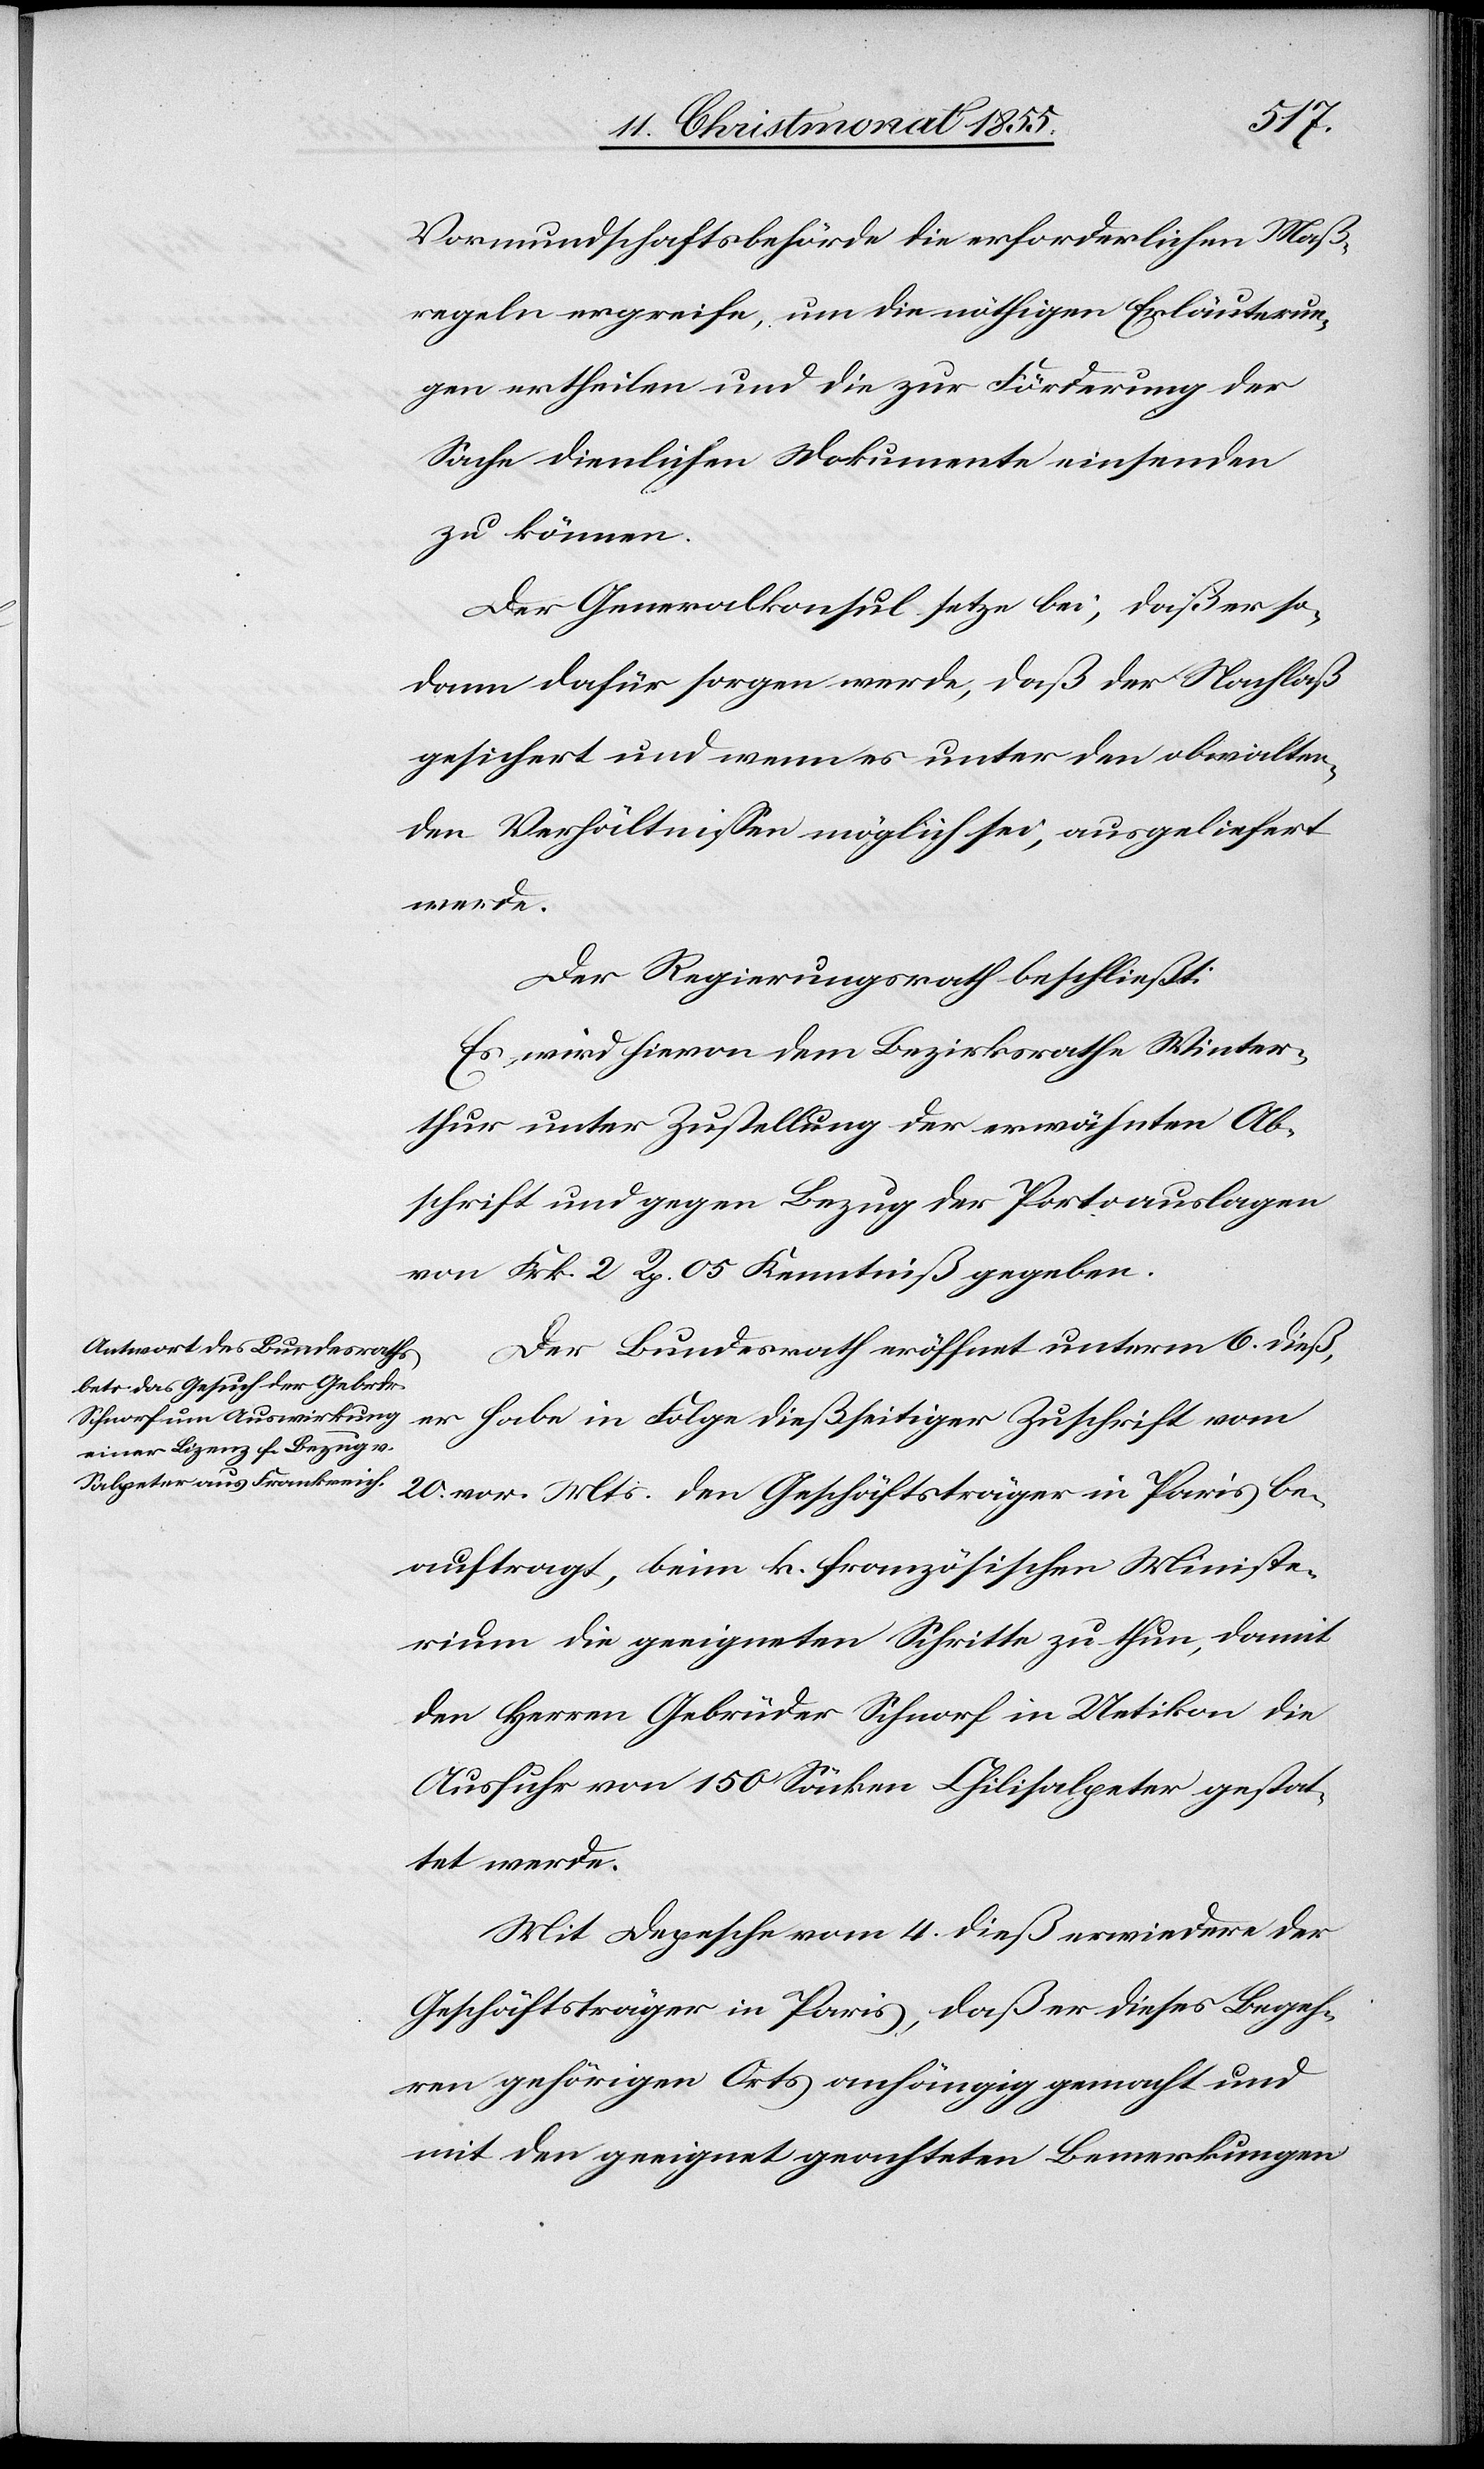
Vormundschaftsbehörde die erforderlichen Maß¬
regeln ergreife, um die nöthigen Erläuterun¬
gen ertheilen und die zur Förderung der
Sache dienlichen Dokumente einsenden
zu können.
Der Generalkonsul setze bei, daß er so¬
dann dafür sorgen werde, daß der Nachlaß
gesichert und wenn es unter den obwalten¬
den Verhältnissen möglich sei, ausgeliefert
werde.
Der Regierungsrath beschließt:
Es wird hievon dem Bezirksrathe Winter¬
thur unter Zustellung der erwähnten Ab¬
schrift und gegen Bezug der Portoauslagen
von Frk. 2 Rp. 05 Kenntniß gegeben.
Der Bundesrath eröffnet unterm 6. dieß,
er habe in Folge dießseitiger Zuschrift vom
20. vor. Mts. den Geschäftsträger in Paris be¬
auftragt, beim k. französischen Ministe¬
rium die geeigneten Schritte zu thun, damit
den Herren Gebrüder Schnorf in Uetikon die
Ausfuhr von 150 Säcken Chilisalpeter gestat¬
tet werde.
Mit Depesche vom 4. dieß erwiedere der
Geschäftsträger in Paris, daß er dieses Begeh¬
ren gehörigen Orts anhängig gemacht und
mit den geeignet geachteten Bemerkungen